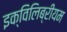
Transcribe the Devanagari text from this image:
इक्विलिब्रीयम